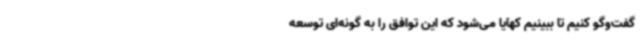
گفت‌وگو کنیم تا ببینیم کهآیا می‌شود که این توافق را به گونه‌ای توسعه